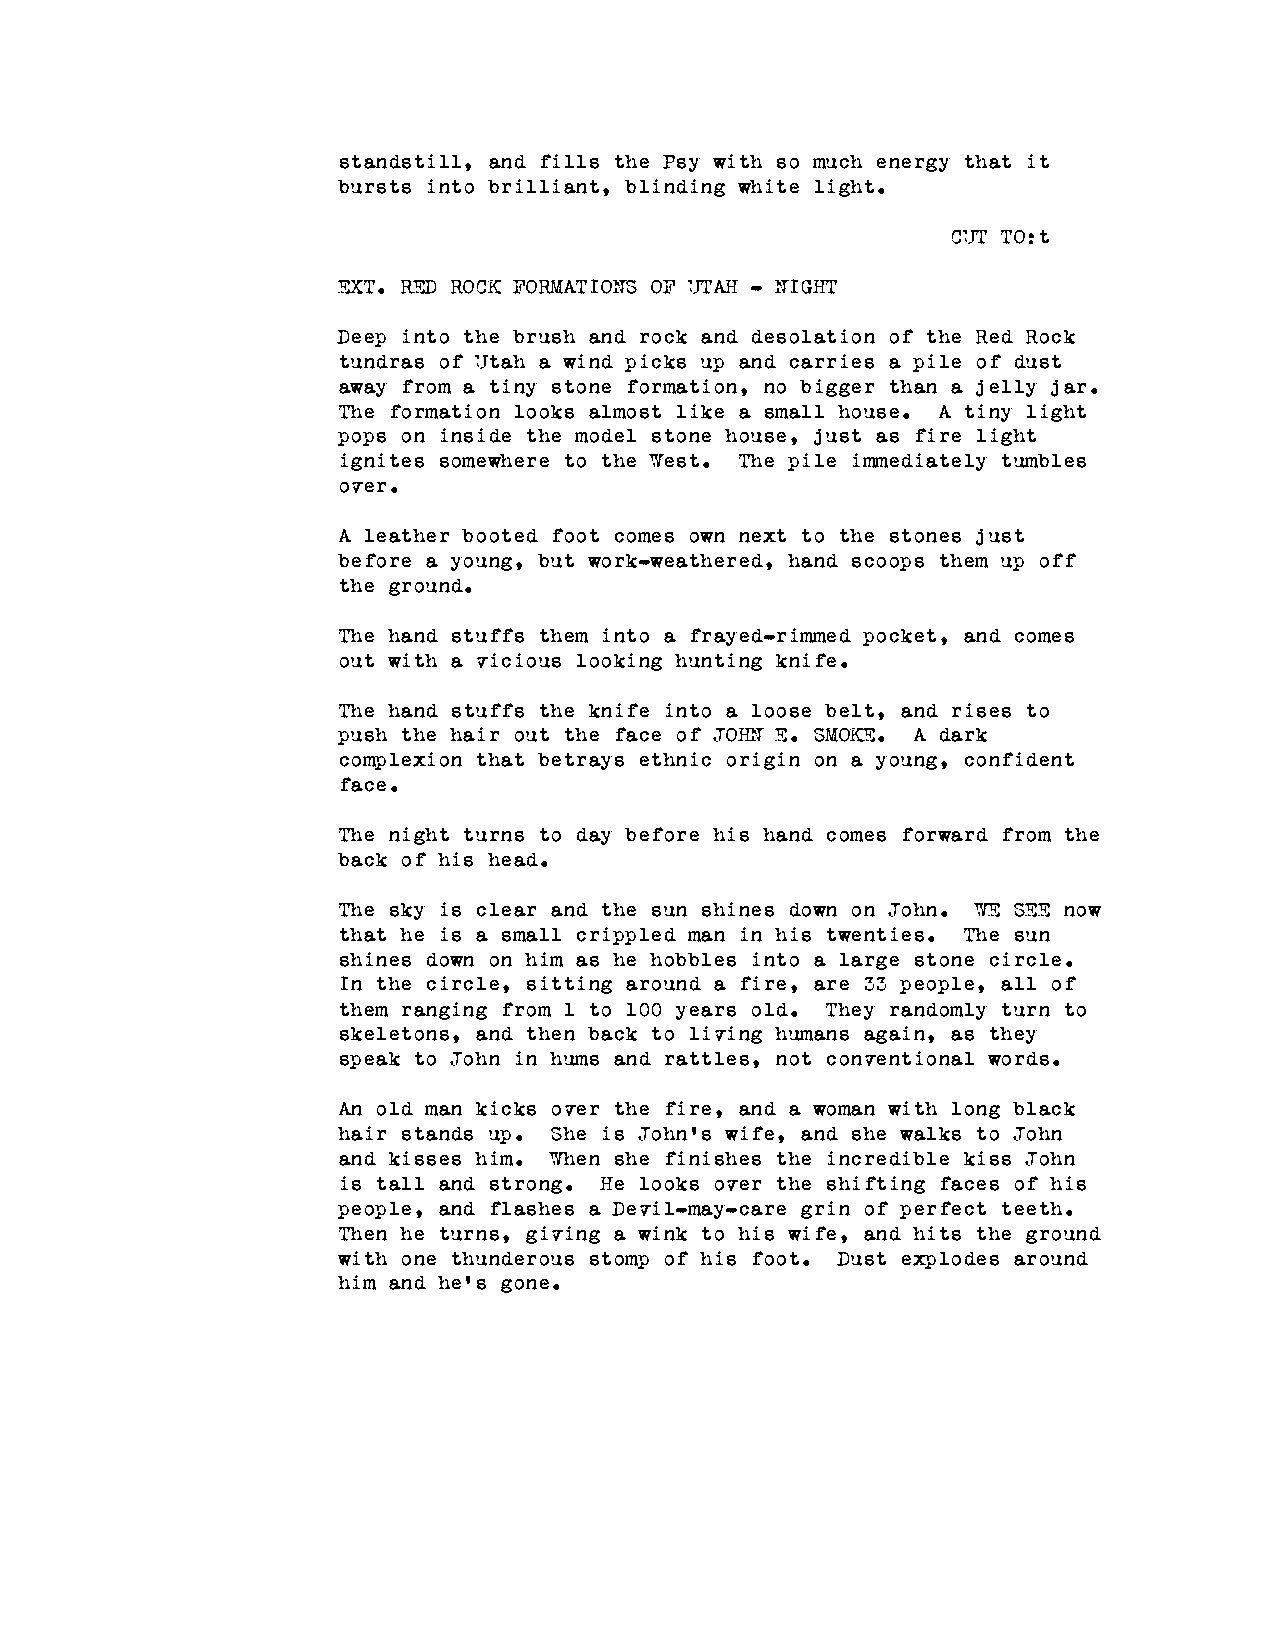
standstill, and fills the Psy with so much energy that it
 bursts into brilliant, blinding white light.
 CUT TO:t
 EXT. RED ROCK FORMATIONS OF UTAH - NIGHT
 Deep into the brush and rock and desolation of the Red Rock
 tundras of Utah a wind picks up and carries a pile of dust
 away from a tiny stone formation, no bigger than a jelly jar.
 The formation looks almost like a small house. A tiny light
 pops on inside the model stone house, just as fire light
 ignites somewhere to the West. The pile immediately tumbles
 over.
 A leather booted foot comes own next to the stones just
 before a young, but work-weathered, hand scoops them up off
 the ground.
 The hand stuffs them into a frayed-rimmed pocket, and comes
 out with a vicious looking hunting knife.
 The hand stuffs the knife into a loose belt, and rises to
 push the hair out the face of JOHN E. SMOKE. A dark
 complexion that betrays ethnic origin on a young, confident
 face.
 The night turns to day before his hand comes forward from the
 back of his head.
 The sky is clear and the sun shines down on John. WE SEE now
 that he is a small crippled man in his twenties. The sun
 shines down on him as he hobbles into a large stone circle.
 In the circle, sitting around a fire, are 33 people, all of
 them ranging from 1 to 100 years old. They randomly turn to
 skeletons, and then back to living humans again, as they
 speak to John in hums and rattles, not conventional words.
 An old man kicks over the fire, and a woman with long black
 hair stands up. She is John's wife, and she walks to John
 and kisses him. When she finishes the incredible kiss John
 is tall and strong. He looks over the shifting faces of his
 people, and flashes a Devil-may-care grin of perfect teeth.
 Then he turns, giving a wink to his wife, and hits the ground
 with one thunderous stomp of his foot. Dust explodes around
 him and he's gone.